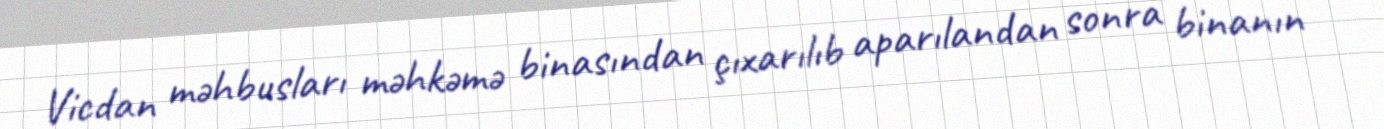
Vicdan məhbusları məhkəmə binasından çıxarılıb aparılandan sonra binanın